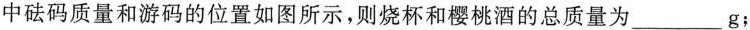
中砝码质量和游码的位置如图所示，则烧杯和樱桃酒的总质量为___g；